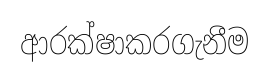
ආරක්ෂාකරගැනීම